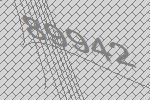
89942